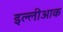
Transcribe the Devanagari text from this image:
इल्लीआक